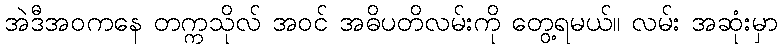
အဲဒီအဝကနေ တက္ကသိုလ် အဝင် အဓိပတိလမ်းကို တွေ့ရမယ်။ လမ်း အဆုံးမှာ